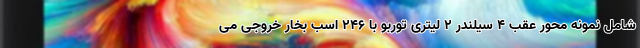
شامل نمونه محور عقب 4 سیلندر 2 لیتری توربو با 246 اسب بخار خروجی می